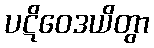
ပဋိဝေဒယိတွာ